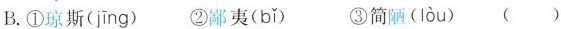
B.①琼斯( jīng ) ②鄙夷( bǐ ) ③简陋( lòu ) ()